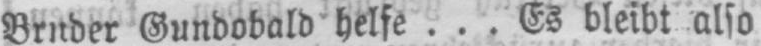
Gundobald helfe... Es bleibt also